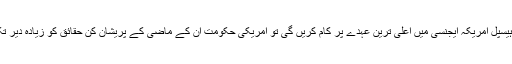
انھوں نے کہا کہ 'اگر ہیسپل امریکہ ایجنسی میں اعلی ترین عہدے پر کام کریں گی تو امریکی حکومت اُن کے ماضی کے پریشان کن حقائق کو زیادہ دیر تک چھپا نہیں پائے گی۔